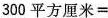
$$3 0 0 平 方 厘 米 =